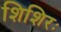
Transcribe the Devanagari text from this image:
शिशिरः